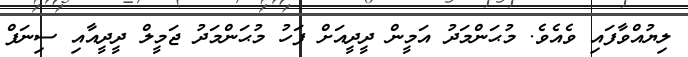
ލިޔުއްވާފައި ވެއެވެ. މުޙަންމަދު އަމީން ދީދީއަށް ފަހު މުޙަންމަދު ޖަމީލް ދީދީއާއި ސިނަފް